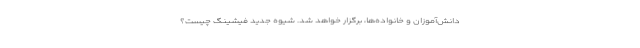
دانش‌آموزان و خانواده‌ها، برگزار خواهد شد. شیوه جدید فیشینگ چیست؟